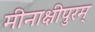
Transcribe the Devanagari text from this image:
मीनाक्षीपुरम्